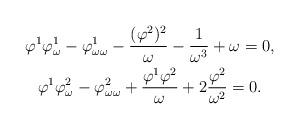
LaTeX: \begin{gather*}\varphi^1\varphi^1_\omega-\varphi^1_{\omega\omega}-\frac{(\varphi^2)^2}{\omega}-\frac1{\omega^3}+\omega=0,\\\varphi^1\varphi^2_\omega-\varphi^2_{\omega\omega}+\frac{\varphi^1\varphi^2}{\omega}+2\frac{\varphi^2}{\omega^2}=0.\end{gather*}